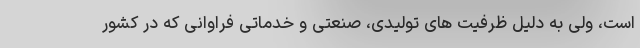
است، ولی به دلیل ظرفیت های تولیدی، صنعتی و خدماتی فراوانی که در کشور